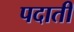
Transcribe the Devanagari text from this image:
पदाती